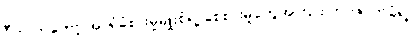
ဂီတ ကတော့ အာရုံခံစားမှုမျိုးစုံရဲ့ စေစားမှုတွေအကြား ဘဝဇာတ်ခုံရဲ့